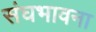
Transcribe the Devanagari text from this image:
संघभावना